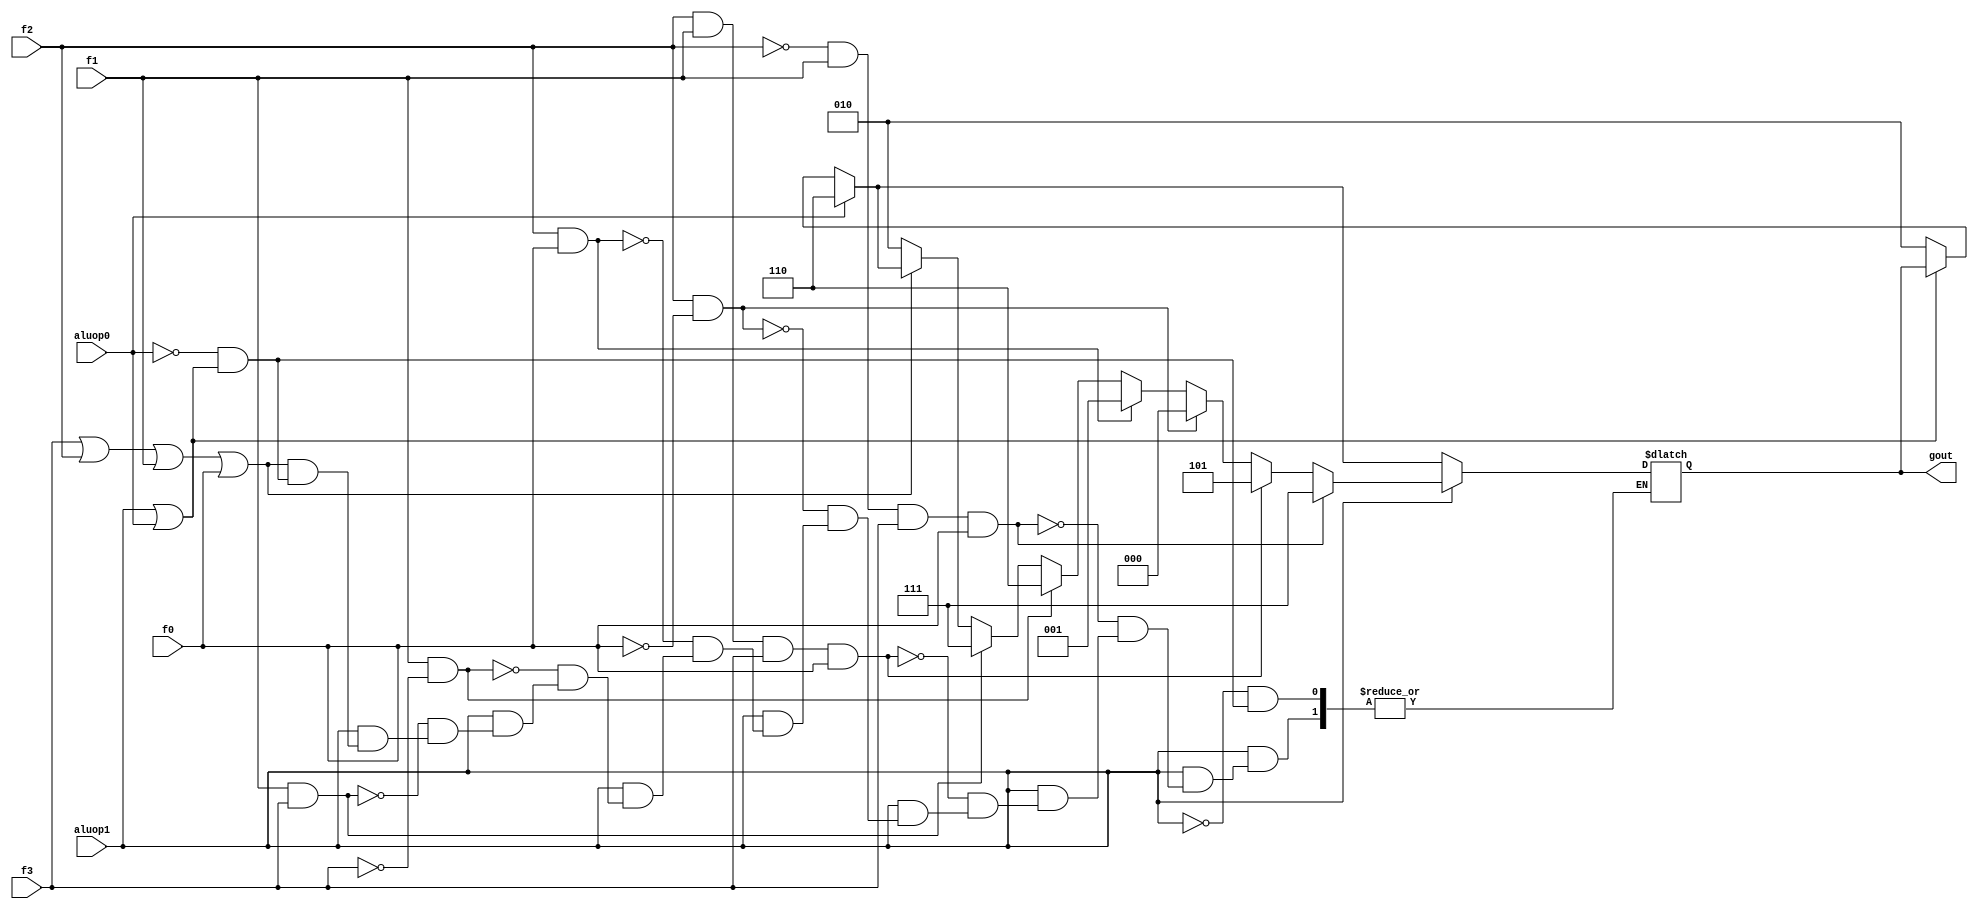
module alucont(aluop1,aluop0,f3,f2,f1,f0,gout);
input aluop1,aluop0,f3,f2,f1,f0;
output [2:0] gout;
reg [2:0] gout;

always @(aluop1 or aluop0 or f3 or f2 or f1 or f0)
begin
	if(~(aluop1|aluop0))
		gout=3'b010; //add
	if(aluop0)
		gout=3'b110; //sub
	if(aluop1)
	begin
		if (~(f3|f2|f1|f0))
			gout=3'b010;
		if (f1 & f3)
			gout=3'b111;
		if (f1 &~(f3))
			gout=3'b110;
		if (f2 & f0)
			gout=3'b001;
		if (f2 &~(f0))
			gout=3'b000;
		if (f2 & f1 & f3 & f0)
			gout = 3'b101;
		if ((~f2) & f1 & f3 & f0)
			gout = 3'b111;
	end
end
endmodule